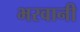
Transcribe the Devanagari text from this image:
भरवानी